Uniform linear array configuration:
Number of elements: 48
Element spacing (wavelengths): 0.25
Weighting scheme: exponential
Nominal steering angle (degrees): -60
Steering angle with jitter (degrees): -61.778
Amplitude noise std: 0.05
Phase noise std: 0.05

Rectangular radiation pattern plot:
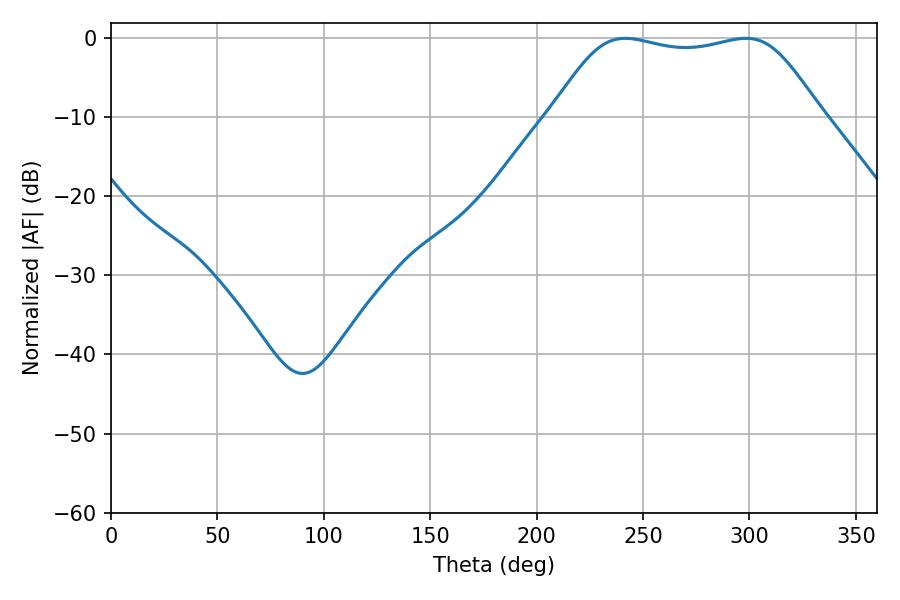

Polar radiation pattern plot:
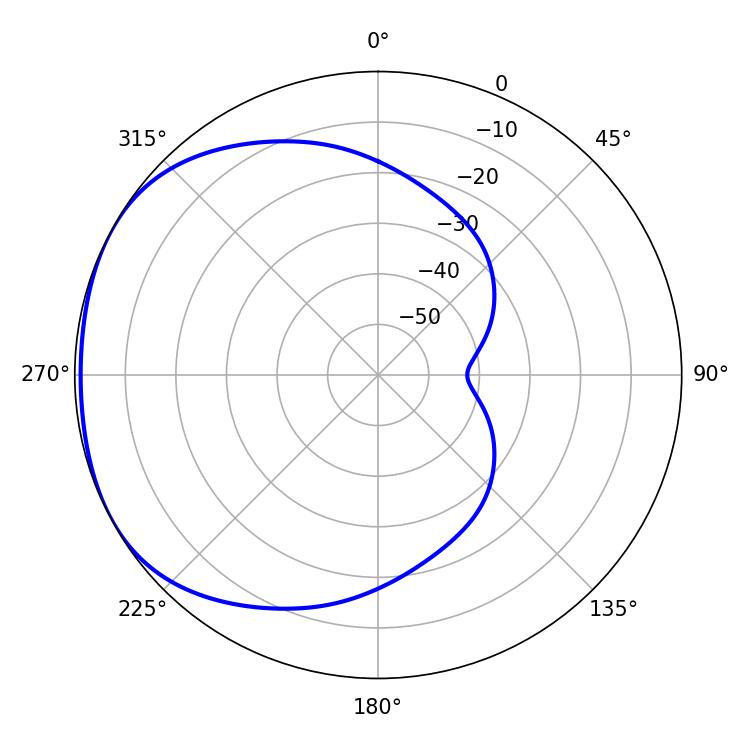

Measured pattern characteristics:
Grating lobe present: FALSE
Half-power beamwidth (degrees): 95.4
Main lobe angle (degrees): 241.56